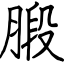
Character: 腶